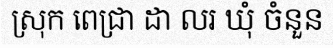
ស្រុក ពេជ្រា ដា លរ ឃុំ ចំនួន